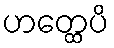
ဟတ္ထေပိ